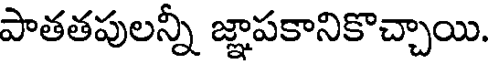
పాతతపులన్నీ జ్ఞాపకానికొచ్చాయి.